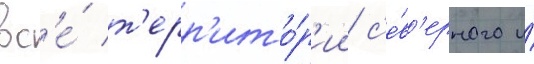
вс'е́ т'ерр'ито́р'ии с'е́в'ерного и́